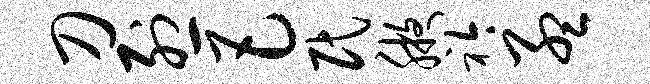
刀烈巴民腋衿孟